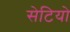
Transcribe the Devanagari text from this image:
सेटियो